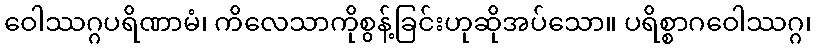
ဝေါဿဂ္ဂပရိဏာမံ၊ ကိလေသာကိုစွန့်ခြင်းဟုဆိုအပ်သော။ ပရိစ္စာဂဝေါဿဂ္ဂ၊